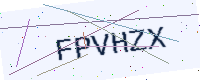
Text: FPVHZX